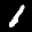
Label: 1